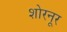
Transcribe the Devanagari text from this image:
शोरनूर